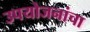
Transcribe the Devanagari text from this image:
उपयोजनांचा